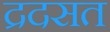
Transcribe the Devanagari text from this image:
द्रदसत